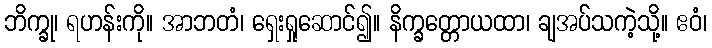
ဘိက္ခု၊ ရဟန်းကို။ အာဘတံ၊ ရှေးရှုဆောင်၍။ နိက္ခတ္တောယထာ၊ ချအပ်သကဲ့သို့။ ဧဝံ၊